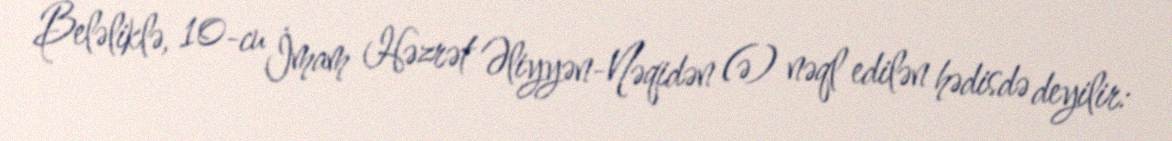
Beləliklə, 10-cu İmam Həzrət Əliyyən-Nəqidən (ə) nəql edilən hədisdə deyilir: